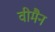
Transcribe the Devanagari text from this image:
वीमैन